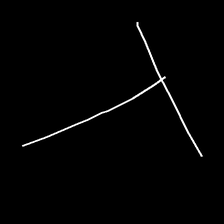
Glyph: column